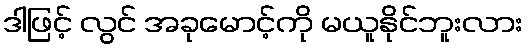
ဒါဖြင့် လွင် အခုမောင့်ကို မယူနိုင်ဘူးလား